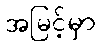
အမြင့်မှာ